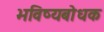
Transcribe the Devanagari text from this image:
भविष्यबोधक